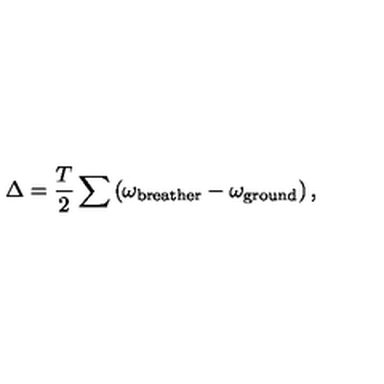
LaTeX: \Delta = \frac { T } { 2 } \sum \left( \omega _ { \mathrm { b r e a t h e r } } - \omega _ { \mathrm { g r o u n d } } \right) ,